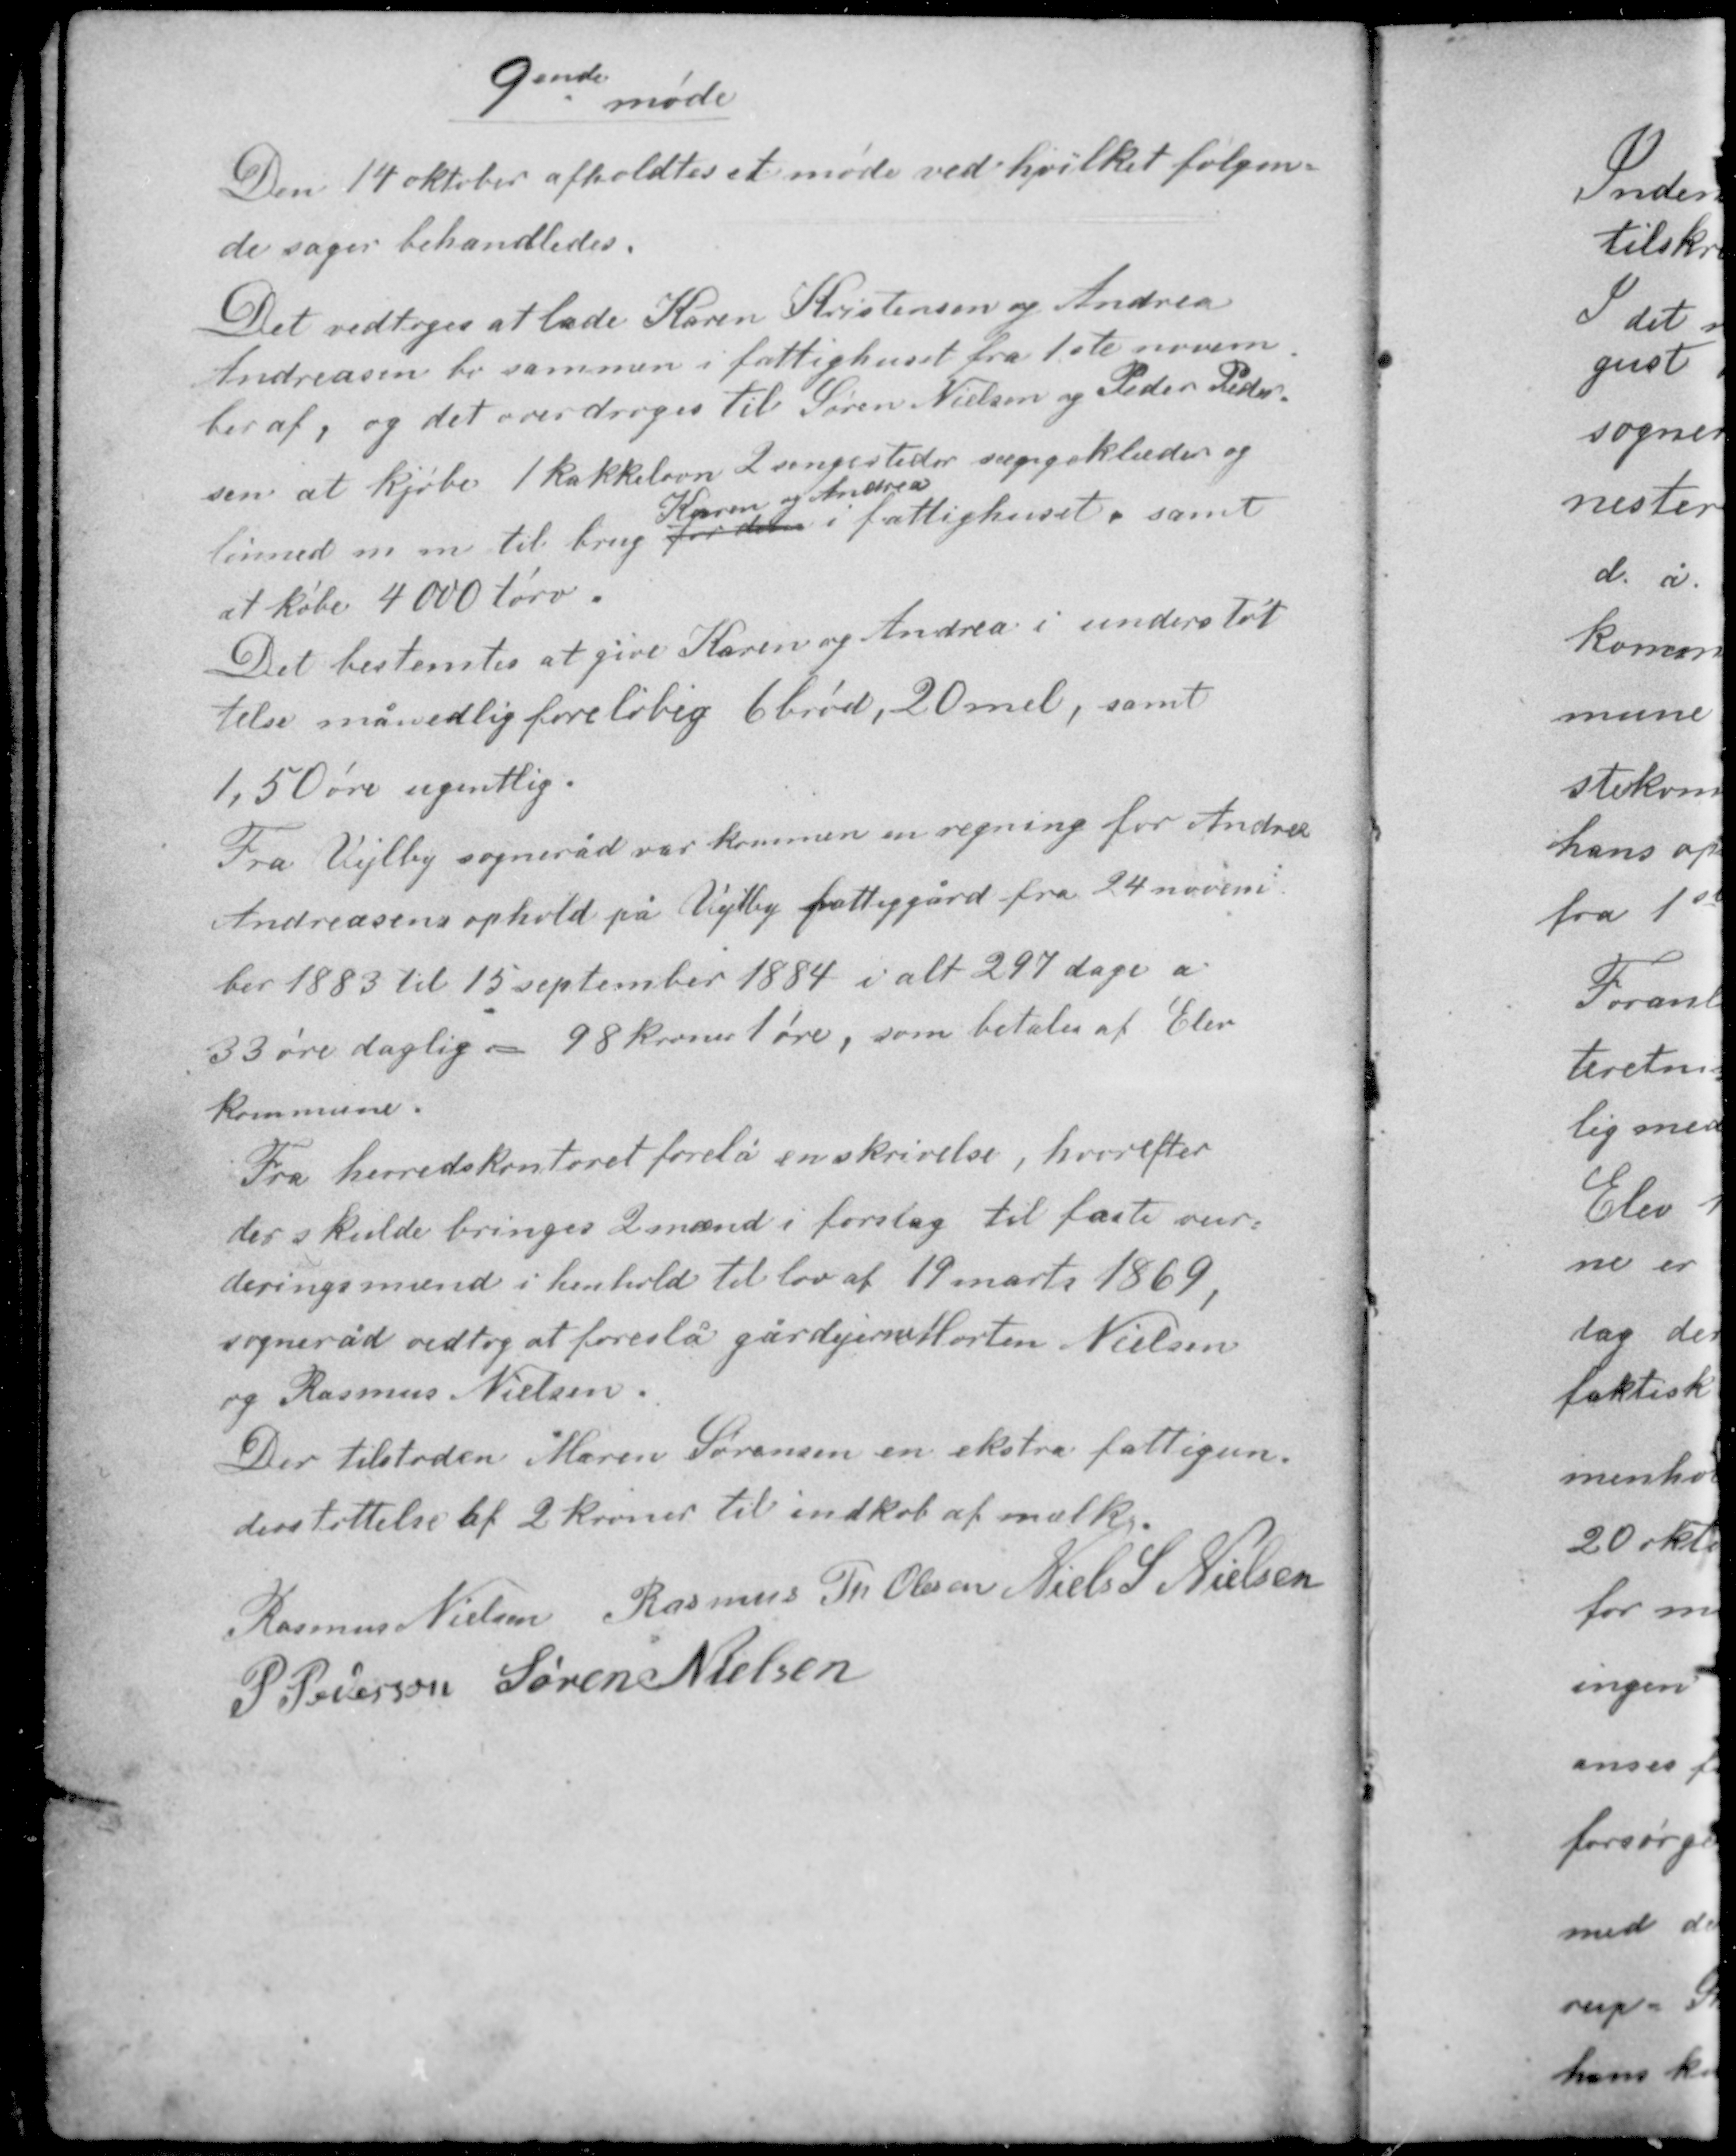
Transskription:
9ende
møde

Den 14 oktober afholdtes et møde ved hvilket følgen-
de sager behandledes.

Det vedtoges at lade Karen Kristensen og Andrea
Andreasen bo sammen i fattighuset fra 1ste novem-
ber af, og det overdroges til Søren Nielsen og Peder Peder-
sen at kjøbe 1 kakkelovn 2 sengesteder sengeklæder og
Karen og Andrea
linned m. m. til brug for dem i fattighuset, samt
at købe 4000 tørv.

Det bestemtes at give Karen og Andrea i understøt-
telse månedlig foreløbig 6 brød, 20 mel, samt
1,50 øre ugentlig.

Fra Vejlby sogneråd var kommen en regning for Andrea
Andreasens ophold på Vejlby fattiggård fra 24 novem-
ber 1883 til 15 september 1884 i alt 297 dage a
33 øre daglig = 98 kroner 1 øre, som betales af Elev
kommune.

Fra herredskontoret forelå en skrivelse, hvorefter
der skulde bringes 2 mænd i forslag til faste vur-
deringsmænd i henhold til lov af 19 marts 1869,
sogneråd vedtog at foreslå gårdejerne Morten Nielsen
og Rasmus Nielsen.
Der tilstoden Maren Sørensen en ekstra fattigun-
derstøttelse af 2 kroner til indkøb af mælk.

Rasmus Nielsen Rasmus Th Olesen Niels S Nielsen
P. Pedersen Søren Nielsen